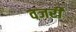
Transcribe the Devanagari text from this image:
वजरी